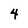
Character: 4